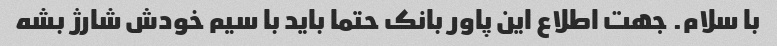
با سلام. جهت اطلاع این پاور بانک حتما باید با سیم خودش شارژ بشه